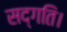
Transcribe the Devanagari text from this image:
सद्गति।